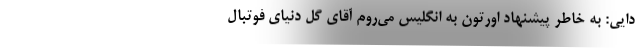
دایی: به خاطر پیشنهاد اورتون به انگلیس می‌روم آقای گل دنیای فوتبال